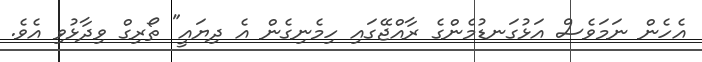
އެހެން ނަމަވެސް އަޅުގަނޑުމެންގެ ރާއްޖޭގައި ހިމެނިގެން އެ ދިޔައީ" ތޯރިގް ވިދާޅުވި އެވެ.